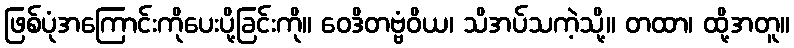
ဖြစ်ပုံအကြောင်းကိုပေးပို့ခြင်းကို။ ဝေဒိတဗ္ဗံဝိယ၊ သိအပ်သကဲ့သို့။ တထာ၊ ထို့အတူ။